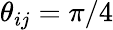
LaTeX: \theta_{ij}=\pi/4